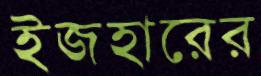
ইজহারের